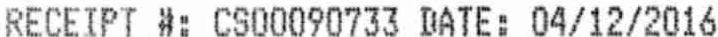
RECEIPT #: CS00090733 DARE: 04/12/2016